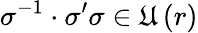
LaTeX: \sigma^{-1}\cdot\sigma^{\prime}\sigma\in\mathfrak{U}\left(r\right)